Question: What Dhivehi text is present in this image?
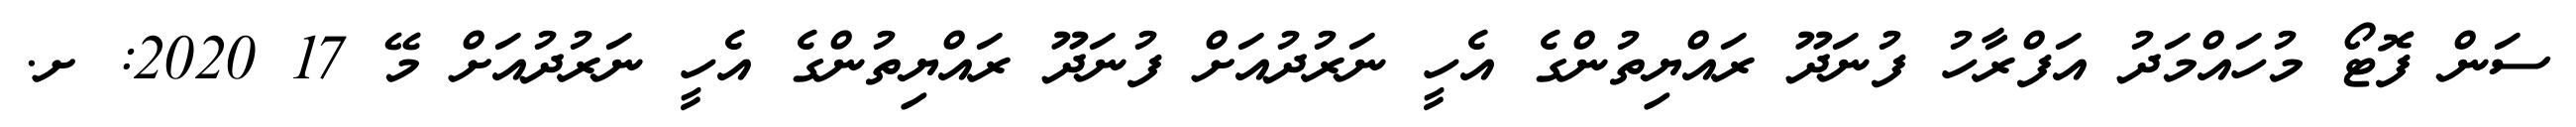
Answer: ސަން ފޮޓޯ މުހައްމަދު އަފްރާހު ފުނަދޫ ރައްޔިތުންގެ އެހީ ނަރުދުއަށް ފުނަދޫ ރައްޔިތުންގެ އެހީ ނަރުދުއަށް މޭ 17 2020: ށ.